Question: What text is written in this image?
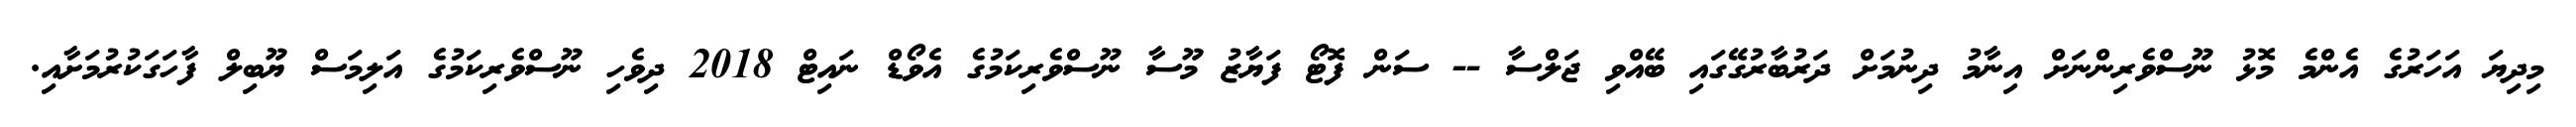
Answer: މިދިޔަ އަހަރުގެ އެންމެ މޮޅު ނޫސްވެރިންނަށް އިނާމު ދިނުމަށް ދަރުބާރުގޭގައި ބޭއްވި ޖަލްސާ -- ސަން ފޮޓޯ ފަޔާޒު މޫސާ ނޫސްވެރިކަމުގެ އެވޯޑް ނައިޓް 2018 ދިވެހި ނޫސްވެރިކަމުގެ އަލިމަސް ޔޫބިލް ފާހަގަކުރުމަށާއި.